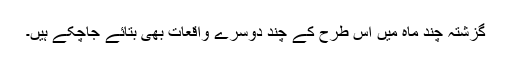
گزشتہ چند ماہ میں اس طرح کے چند دوسرے واقعات بھی بتائے جاچکے ہیں۔